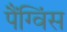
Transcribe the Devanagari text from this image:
पैंग्विंस